Source: Handwritten
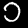
Digit: ၁ (1)